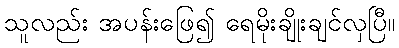
သူလည်း အပန်းဖြေ၍ ရေမိုးချိုးချင်လှပြီ။